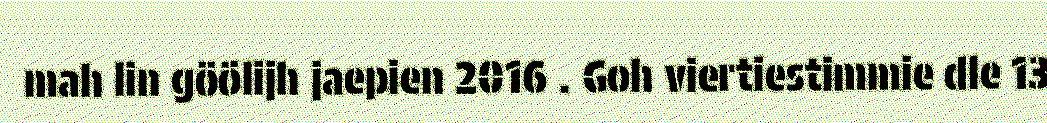
mah lin göölijh jaepien 2016 . Goh viertiestimmie dle 13